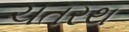
ચતરથ